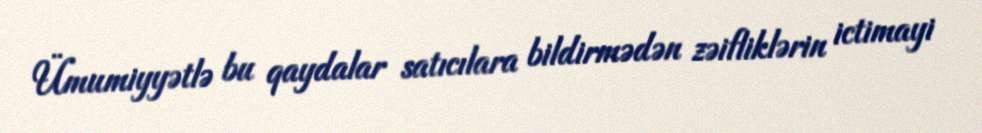
Ümumiyyətlə bu qaydalar satıcılara bildirmədən zəifliklərin ictimayi